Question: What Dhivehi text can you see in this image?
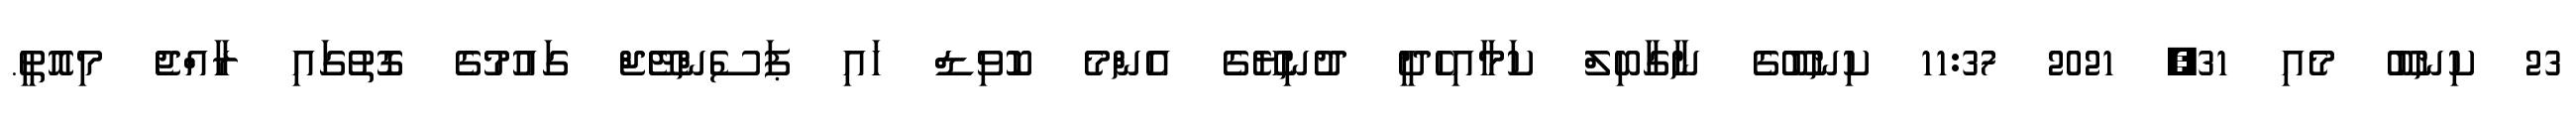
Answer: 23 ކިނބޫ މެއި 31, 2021 11:37 ކިނބޫގެ ނާގާބިލް ކަމާއިހެދީ ދުނިޔޭގެ އެންމެ ކޮވިޑް ހައި ޕަސެންޓޭޖް ގައުމުގެ ގޮތުގައި ރާއްޖެ މިއޮތީ.